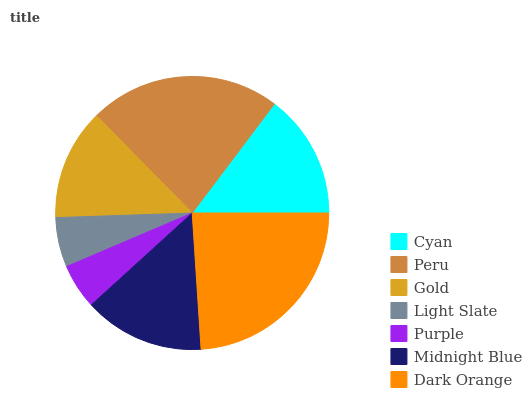
| Cyan | Peru | Gold | Light Slate | Purple | Midnight Blue | Dark Orange |
 | --- | --- | --- | --- | --- | --- | --- |
 | 14.7% | 22.6% | 13.2% | 5.87% | 5.35% | 14.3% | 24% |